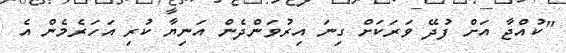
"ކުއްޖާ އަށް ފުދޭ ވަރަކަށް ގިނަ އިރުވަންދެން އަނިޔާ ކުރި އަހަރެމެން އެ